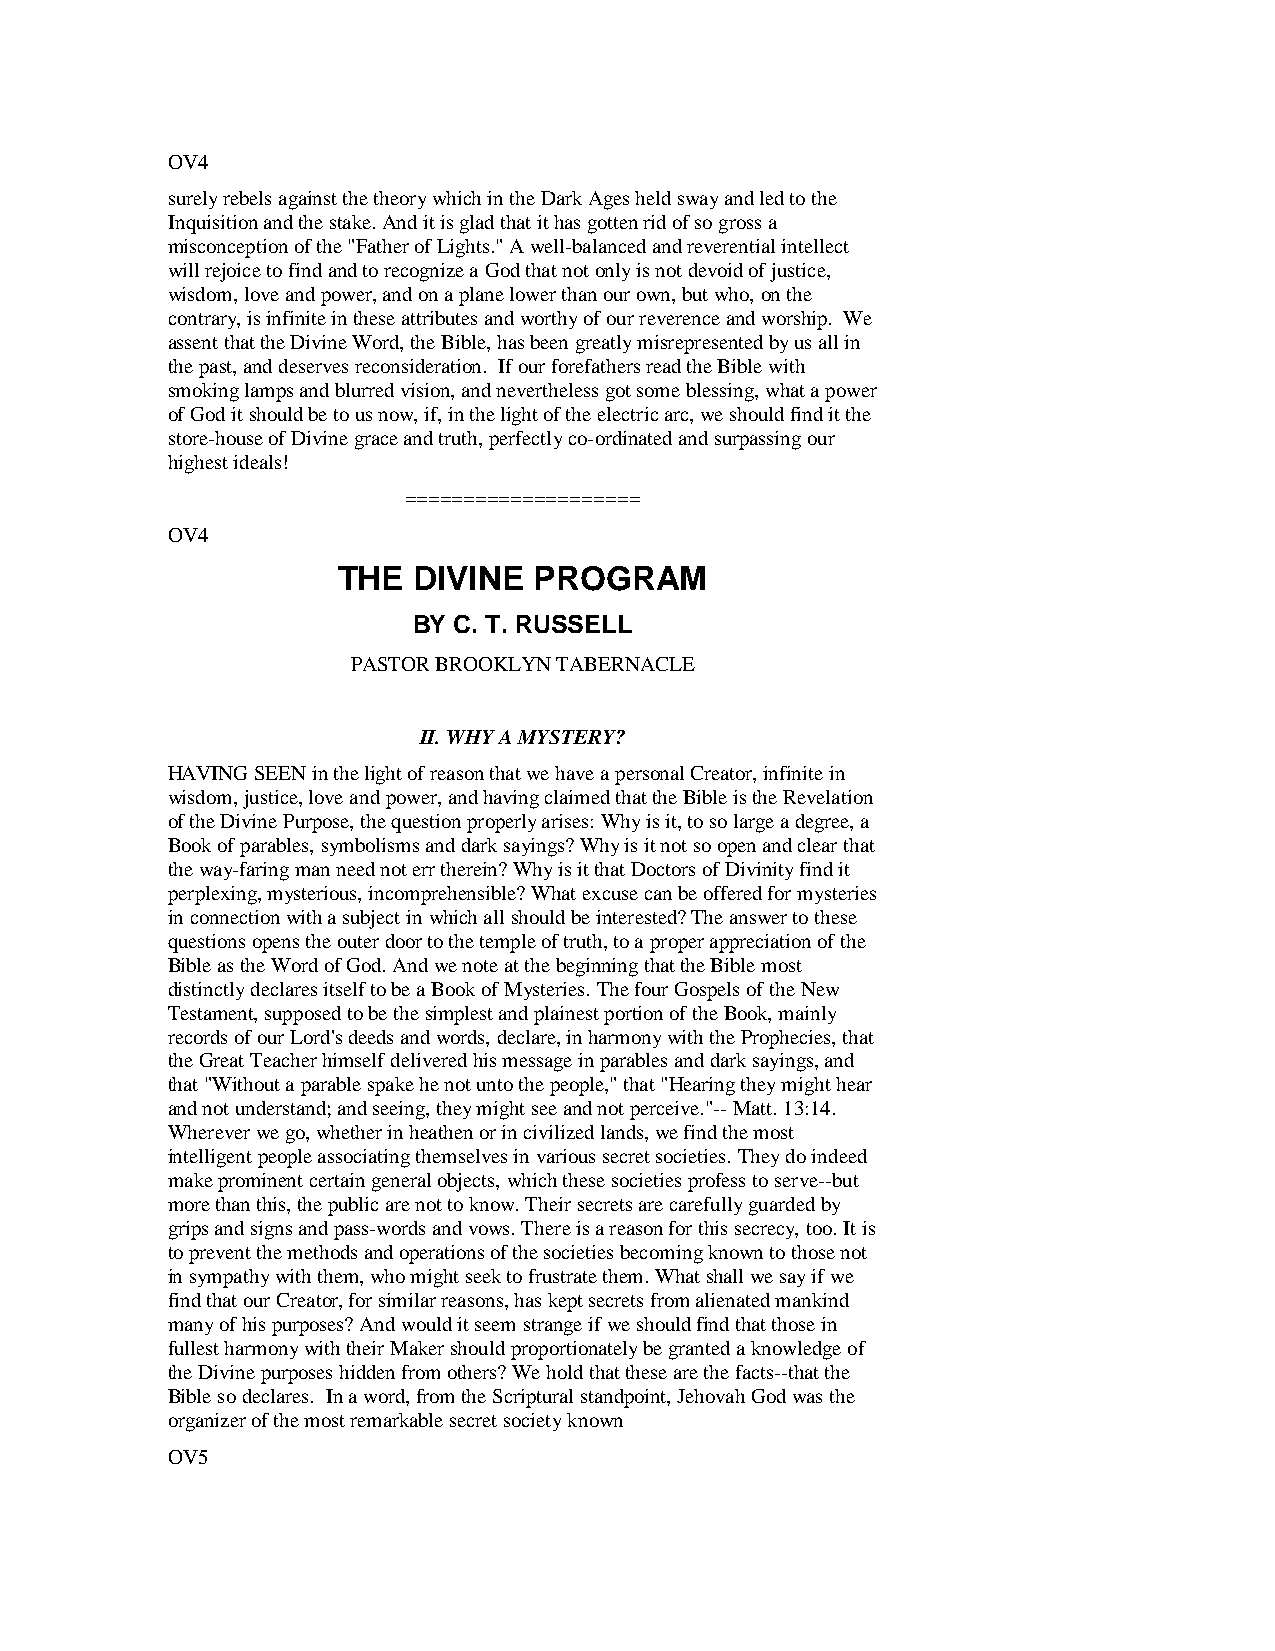
OV4
 surely rebels against the theory which in the Dark Ages held sway and led to the
 Inquisition and the stake. And it is glad that it has gotten rid of so gross a
 misconception of the "Father of Lights." A well-balanced and reverential intellect
 will rejoice to find and to recognize a God that not only is not devoid of justice,
 wisdom, love and power, and on a plane lower than our own, but who, on the
 contrary, is infinite in these attributes and worthy of our reverence and worship. We
 assent that the Divine Word, the Bible, has been greatly misrepresented by us all in
 the past, and deserves reconsideration. If our forefathers read the Bible with
 smoking lamps and blurred vision, and nevertheless got some blessing, what a power
 of God it should be to us now, if, in the light of the electric arc, we should find it the
 store-house of Divine grace and truth, perfectly co-ordinated and surpassing our
 highest ideals!
 ====================
 OV4
 THE  DIVINE  PROGRAM
 BY C. T. RUSSELL
 PASTOR BROOKLYN TABERNACLE
 II. WHY A MYSTERY?
 HAVING SEEN in the light of reason that we have a personal Creator, infinite in
 wisdom, justice, love and power, and having claimed that the Bible is the Revelation
 of the Divine Purpose, the question properly arises: Why is it, to so large a degree, a
 Book of parables, symbolisms and dark sayings? Why is it not so open and clear that
 the way-faring man need not err therein? Why is it that Doctors of Divinity find it
 perplexing, mysterious, incomprehensible? What excuse can be offered for mysteries
 in connection with a subject in which all should be interested? The answer to these
 questions opens the outer door to the temple of truth, to a proper appreciation of the
 Bible as the Word of God. And we note at the beginning that the Bible most
 distinctly declares itself to be a Book of Mysteries. The four Gospels of the New
 Testament, supposed to be the simplest and plainest portion of the Book, mainly
 records of our Lord's deeds and words, declare, in harmony with the Prophecies, that
 the Great Teacher himself delivered his message in parables and dark sayings, and
 that "Without a parable spake he not unto the people," that "Hearing they might hear
 and not understand; and seeing, they might see and not perceive."-- Matt. 13:14.
 Wherever we go, whether in heathen or in civilized lands, we find the most
 intelligent people associating themselves in various secret societies. They do indeed
 make prominent certain general objects, which these societies profess to serve--but
 more than this, the public are not to know. Their secrets are carefully guarded by
 grips and signs and pass-words and vows. There is a reason for this secrecy, too. It is
 to prevent the methods and operations of the societies becoming known to those not
 in sympathy with them, who might seek to frustrate them. What shall we say if we
 find that our Creator, for similar reasons, has kept secrets from alienated mankind
 many of his purposes? And would it seem strange if we should find that those in
 fullest harmony with their Maker should proportionately be granted a knowledge of
 the Divine purposes hidden from others? We hold that these are the facts--that the
 Bible so declares. In a word, from the Scriptural standpoint, Jehovah God was the
 organizer of the most remarkable secret society known
 OV5